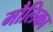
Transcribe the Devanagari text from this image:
मौलिका